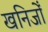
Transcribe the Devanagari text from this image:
खनिजोँ